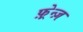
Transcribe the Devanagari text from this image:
फ़्रेन्ज़